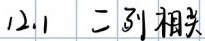
$1.2.1$  三 - 31 相关